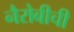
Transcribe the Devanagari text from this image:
नैरोबीची